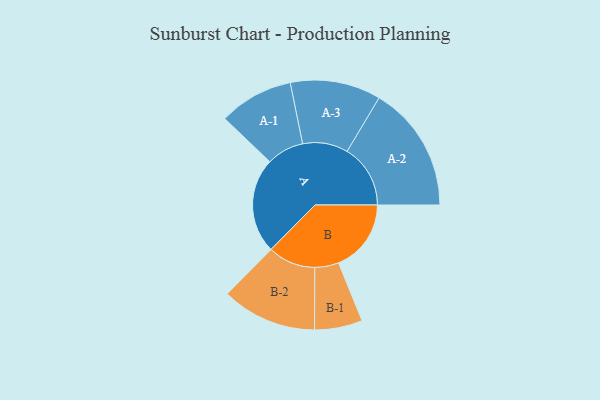
{"axis": {"x": "Segment", "y": "Value"}, "legend": ["", "A", "B"], "data": [{"x": "A", "y": 450, "type": ""}, {"x": "B", "y": 343, "type": ""}, {"x": "A-1", "y": 176, "type": "A"}, {"x": "A-2", "y": 299, "type": "A"}, {"x": "A-3", "y": 214, "type": "A"}, {"x": "B-1", "y": 113, "type": "B"}, {"x": "B-2", "y": 225, "type": "B"}]}